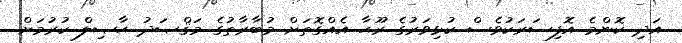
އަދި ކޮންމެ އޮފިސަރަކުވެސް ކުޅިވަރުގެ ރޫޙާ އެއްގޮތަށް މުބާރާތުގެ މަޤްޞަދު ޙާޞިލް ކުރުމަށް